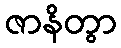
ဇာနိတွာ